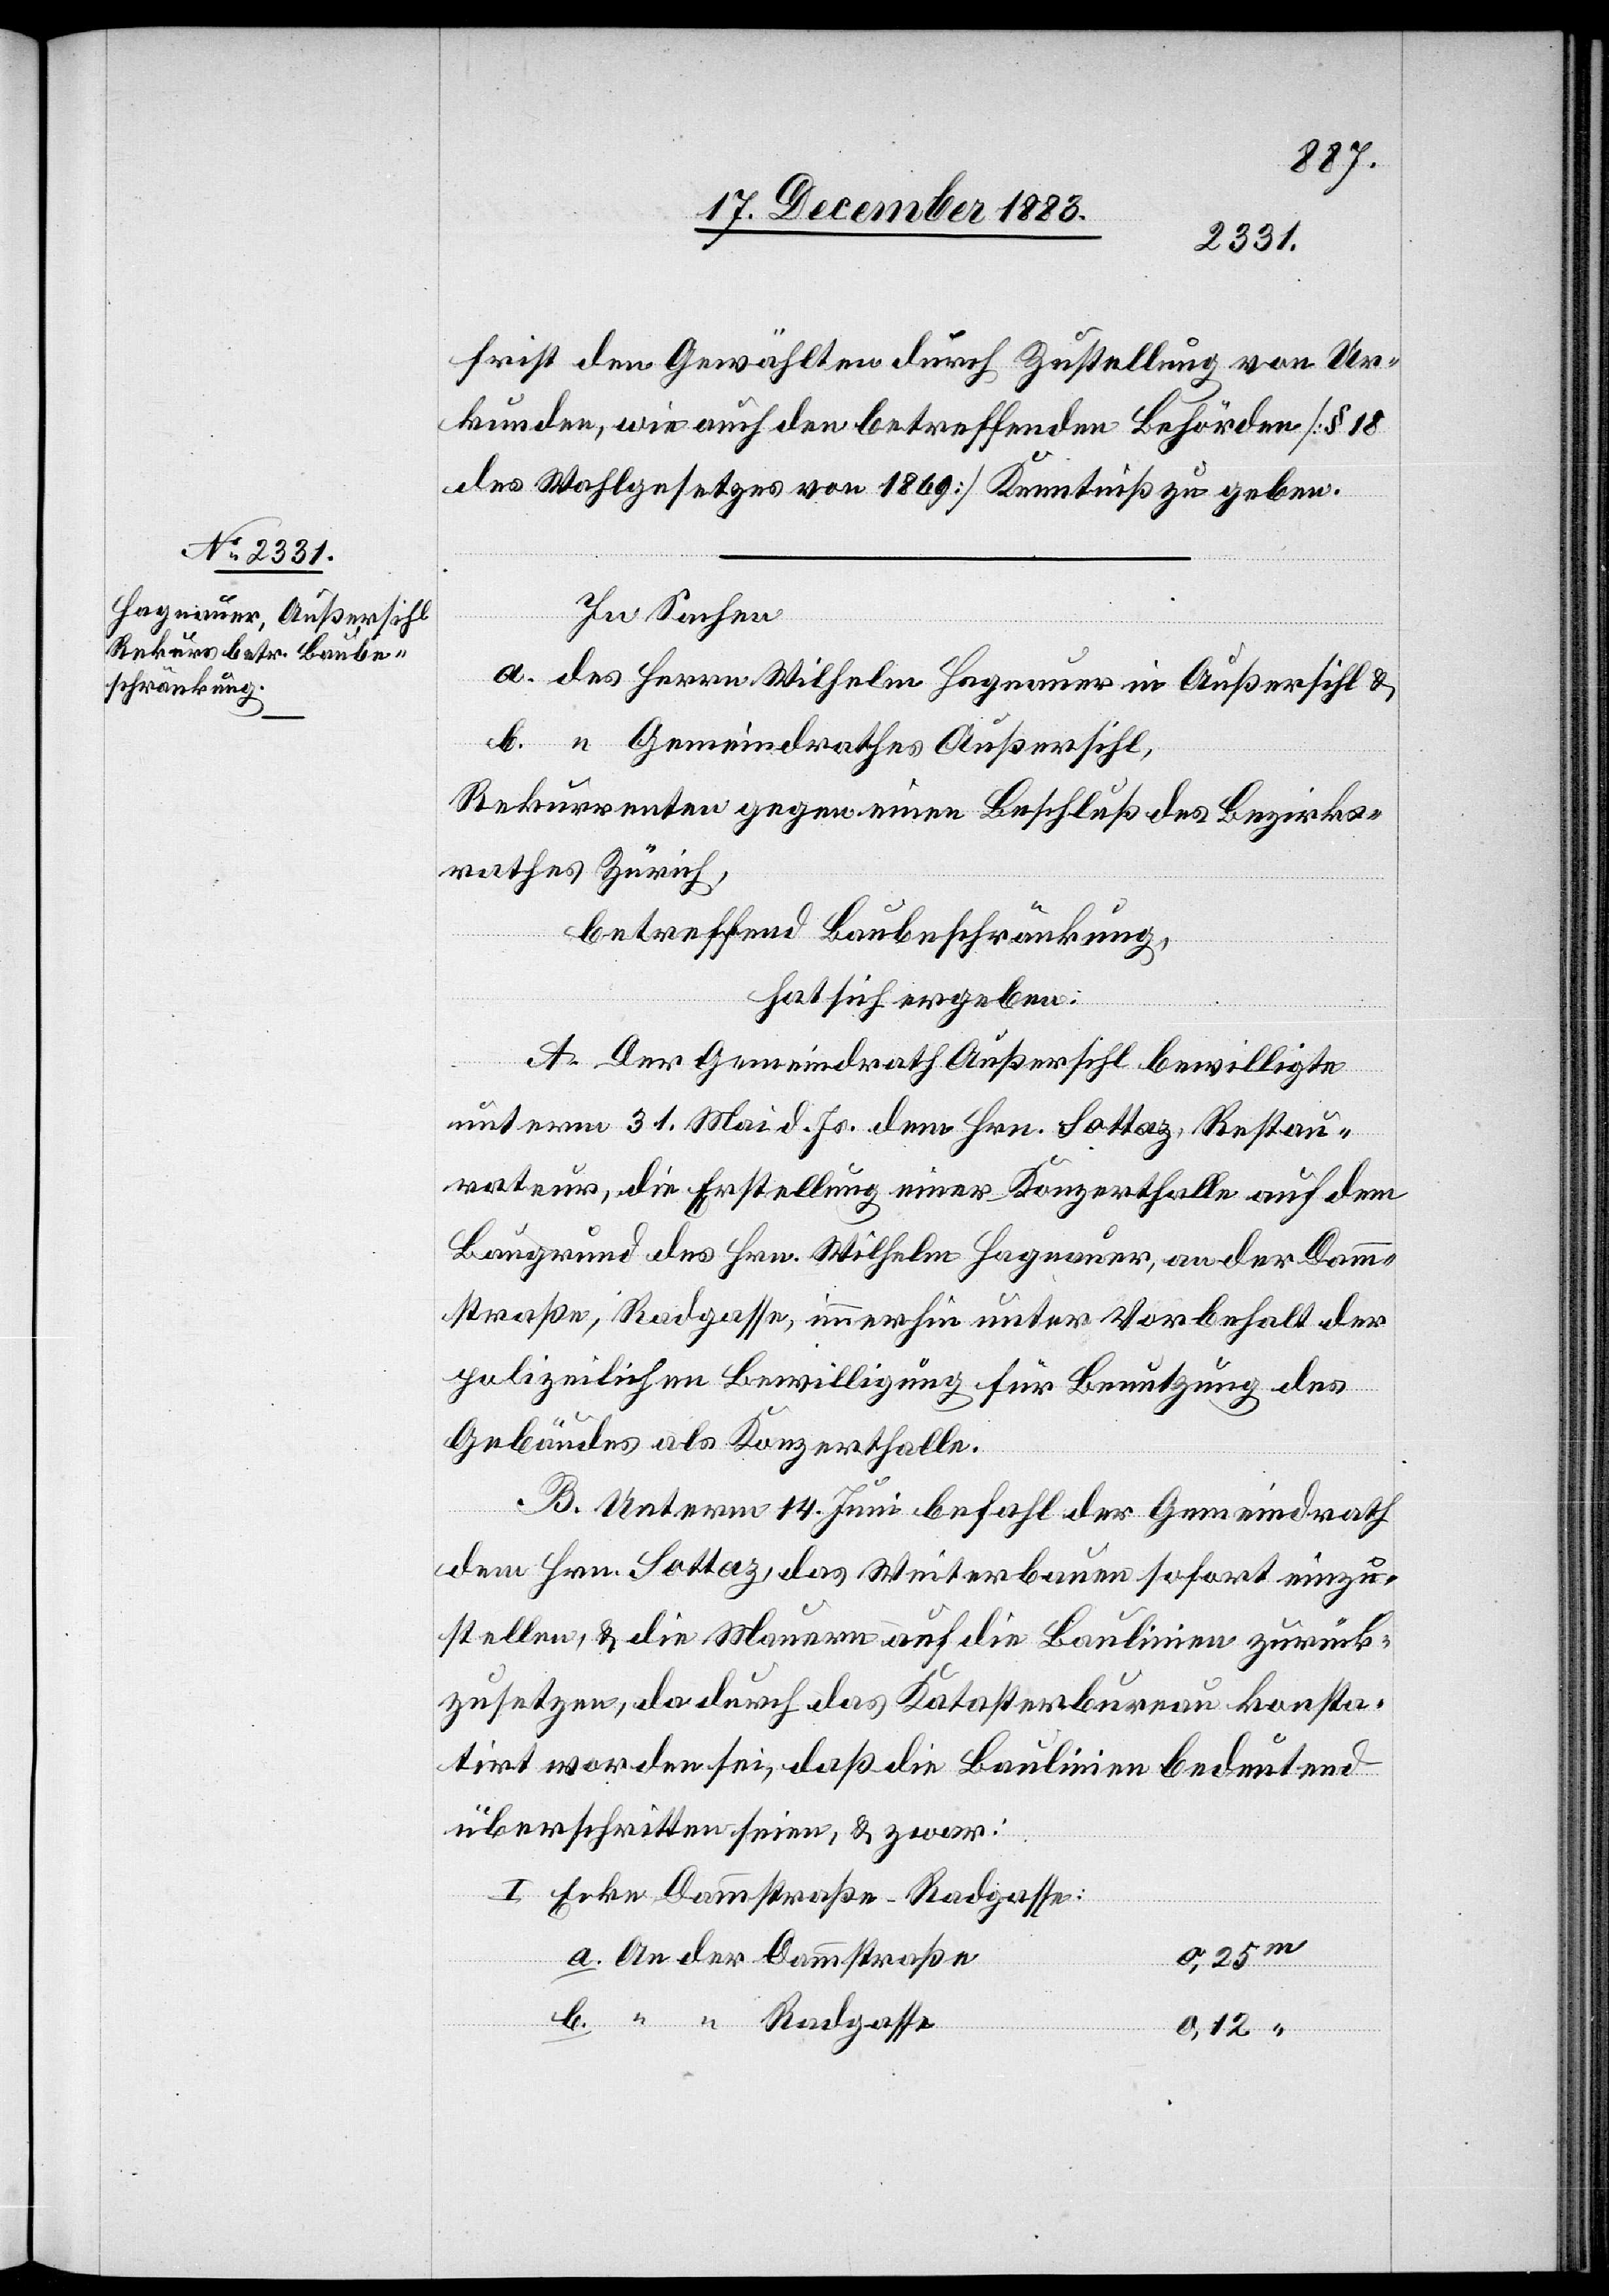
19. December 1883.]
frist den Gewählten durch Zustellung von Ur¬
kunden, wie auch den betreffenden Behörden [§ 18
des Wahlgesetzes von 1869] Kenntniß zu geben.
b.
In Sachen
a. des Herrn Wilhelm Hagnauer in Außersihl &
b. “ Gemeindrathes Außersihl,
Rekurrenten gegen einen Beschluß des Bezirks¬
rathes Zürich,
betreffend Baubeschränkung,
hat sich ergeben:
A. Der Gemeindrath Außersihl bewilligte
unterm 31. Mai d. Js. dem Hrn. Sottaz, Restau¬
rateur, die Erstellung einer Konzerthalle auf dem
Baugrund des Hrn. Wilhelm Hagnauer, an der Damm¬
straße, Radgasse, immerhin unter Vorbehalt der
polizeilichen Bewilligung für Benutzung des
Gebäudes als Konzerthalle.
B. Unterm 14. Juni befahl der Gemeindrath
dem Hrn. Sottaz, das Weiterbauen sofort einzu¬
stellen, & die Mauern auf die Baulinien zurück¬
zusetzen, da durch das Katasterbureau konsta¬
tirt worden sei, daß die Baulinien bedeutend
überschritten seien, & zwar:
I. Ecke Dammstraße-Radgasse:
0,25
0,12